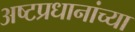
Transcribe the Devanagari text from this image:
अष्टप्रधानांच्या